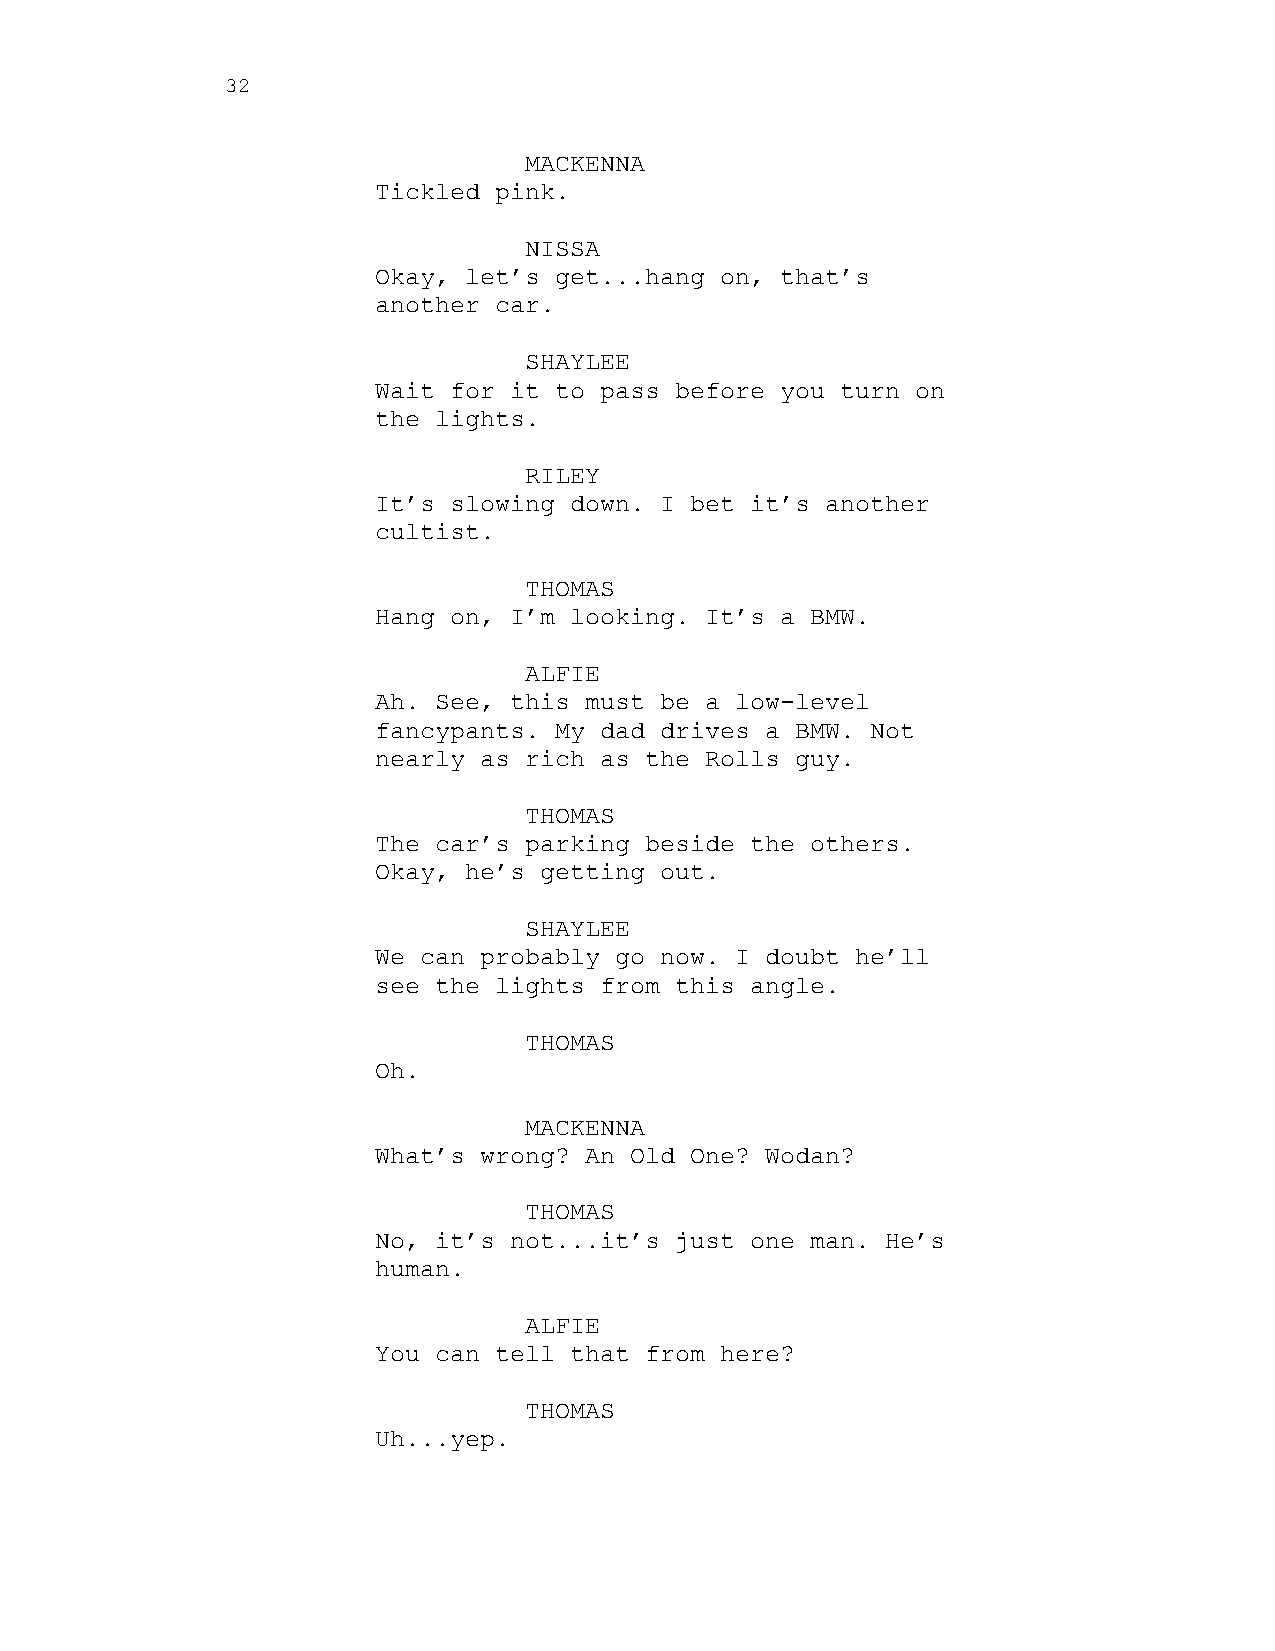
32
 MACKENNA
 Tickled pink.
 NISSA
 Okay, let’s get...hang on, that’s
 another car.
 SHAYLEE
 Wait for it to pass before you turn on
 the lights.
 RILEY
 It’s slowing down. I bet it’s another
 cultist.
 THOMAS
 Hang on, I’m looking. It’s a BMW.
 ALFIE
 Ah. See, this must be a low-level
 fancypants. My dad drives a BMW. Not
 nearly as rich as the Rolls guy.
 THOMAS
 The car’s parking beside the others.
 Okay, he’s getting out.
 SHAYLEE
 We can probably go now. I doubt he’ll
 see the lights from this angle.
 THOMAS
 Oh.
 MACKENNA
 What’s wrong? An Old One? Wodan?
 THOMAS
 No, it’s not...it’s just one man. He’s
 human.
 ALFIE
 You can tell that from here?
 THOMAS
 Uh...yep.